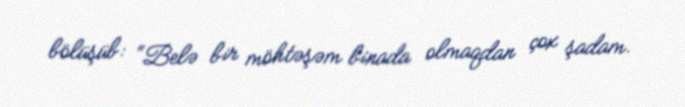
bölüşüb: “Belə bir möhtəşəm binada olmaqdan çox şadam.